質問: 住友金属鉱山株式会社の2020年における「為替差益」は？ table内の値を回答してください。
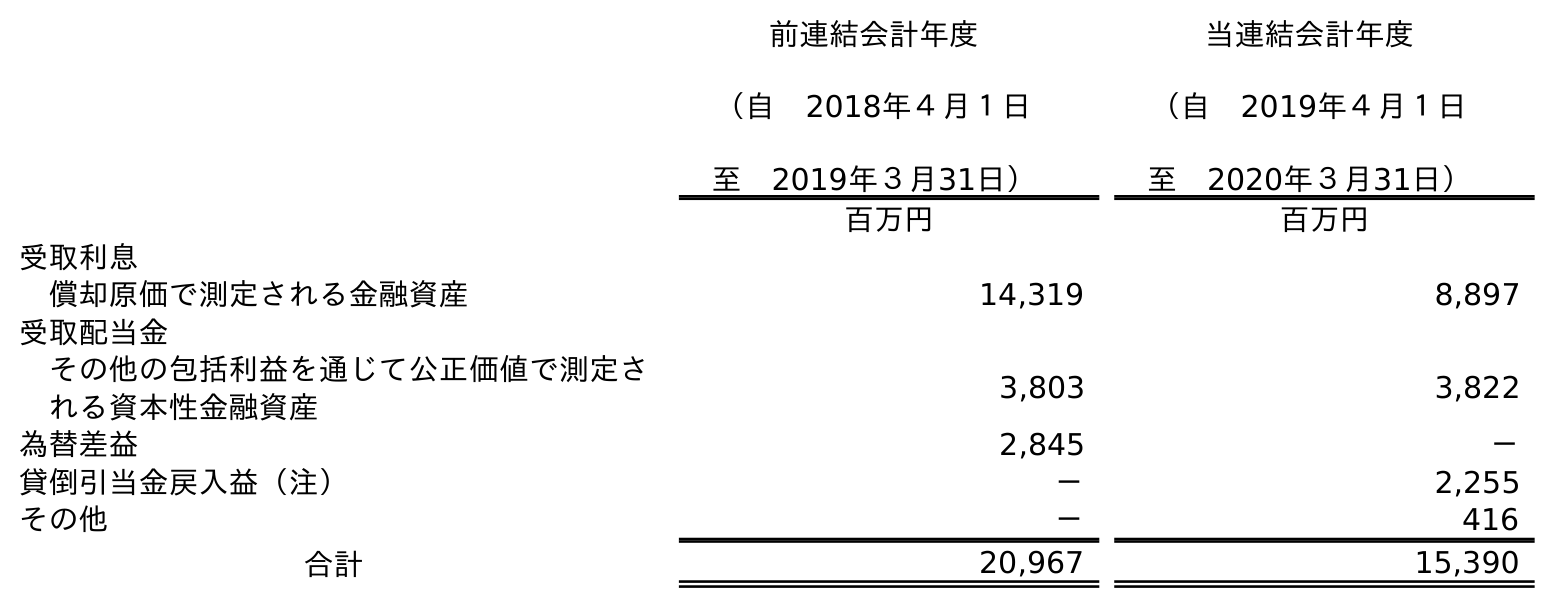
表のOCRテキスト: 前連結会計年度 （自 2018年４月１日 至 2019年３月31日） 当連結会計年度 （自 2019年４月１日 至 2020年３月31日） 百万円 百万円 受取利息 償却原価で測定される金融資産 14,319 8,897 受取配当金 その他の包括利益を通じて公正価値で測定さ れる資本性金融資産 3,803 3,822 為替差益 2,845 － 貸倒引当金戻入益（注） － 2,255 その他 － 416 合計 20,967 15,390
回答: －